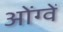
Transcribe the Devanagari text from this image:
ओंग्वें